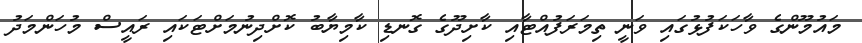
މައުމޫންގެ ވާހަކަފުޅުގައި ވަނީ ތިމަރަފުއްޓާއި ކާށިދޫގެ ގޮނޑި ކާމިޔާބު ކޮށްދިނުމަށްޓަކައި ރައީސް މުހަންމަދު